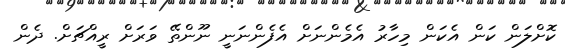
ކޮށްލަން ކަން އެކަން މިހާރު އެމެންނަށް އެފެންނަނީ ނޫންތޭ ވަރަށް ރީއްޗަށް. ދެން